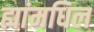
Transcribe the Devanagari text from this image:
ह्यांमधिल